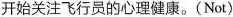
开始关注飞行员的心理健康。(Not)